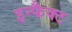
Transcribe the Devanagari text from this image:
इन्फैक्ट